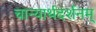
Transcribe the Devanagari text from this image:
चान्यार्थदर्शनम्